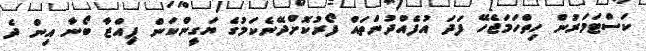
ކަސްޓަމަރުން ހިތްހަމަޖެހޭ ފަދަ އުފެއްދުންތައް ފޯރުކޮށްދޭނެކަމުގެ ޔަގީންކަން ޕިއްޒާ ބޯނާ އިން ދެ